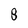
Character: 8